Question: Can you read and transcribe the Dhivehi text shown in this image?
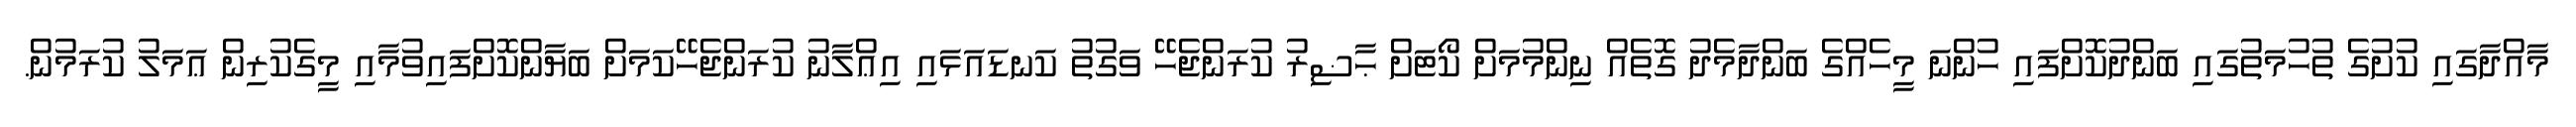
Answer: މާއްދާގައި ކުށުގެ ތުހުމަތުގައި ބަންދުކޮށްފައި ހުންނަ މީހެއްގެ ބަންދާމެދު ގޮތެއް ނިންމުމަށް ކޯޓަށް ޙާޟިރު ކުރަންޖެހޭ ވަގުތު ކަނޑައަޅައި އިޢްލާނު ކުރަންޖެހޭކަމަށް ބަޔާންކޮށްފައިވުމާއި މީގެކުރިން ޢަމަލު ކުރަމުން.